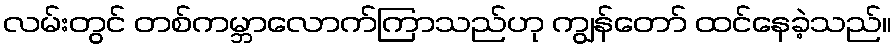
လမ်းတွင် တစ်ကမ္ဘာလောက်ကြာသည်ဟု ကျွန်တော် ထင်နေခဲ့သည်။